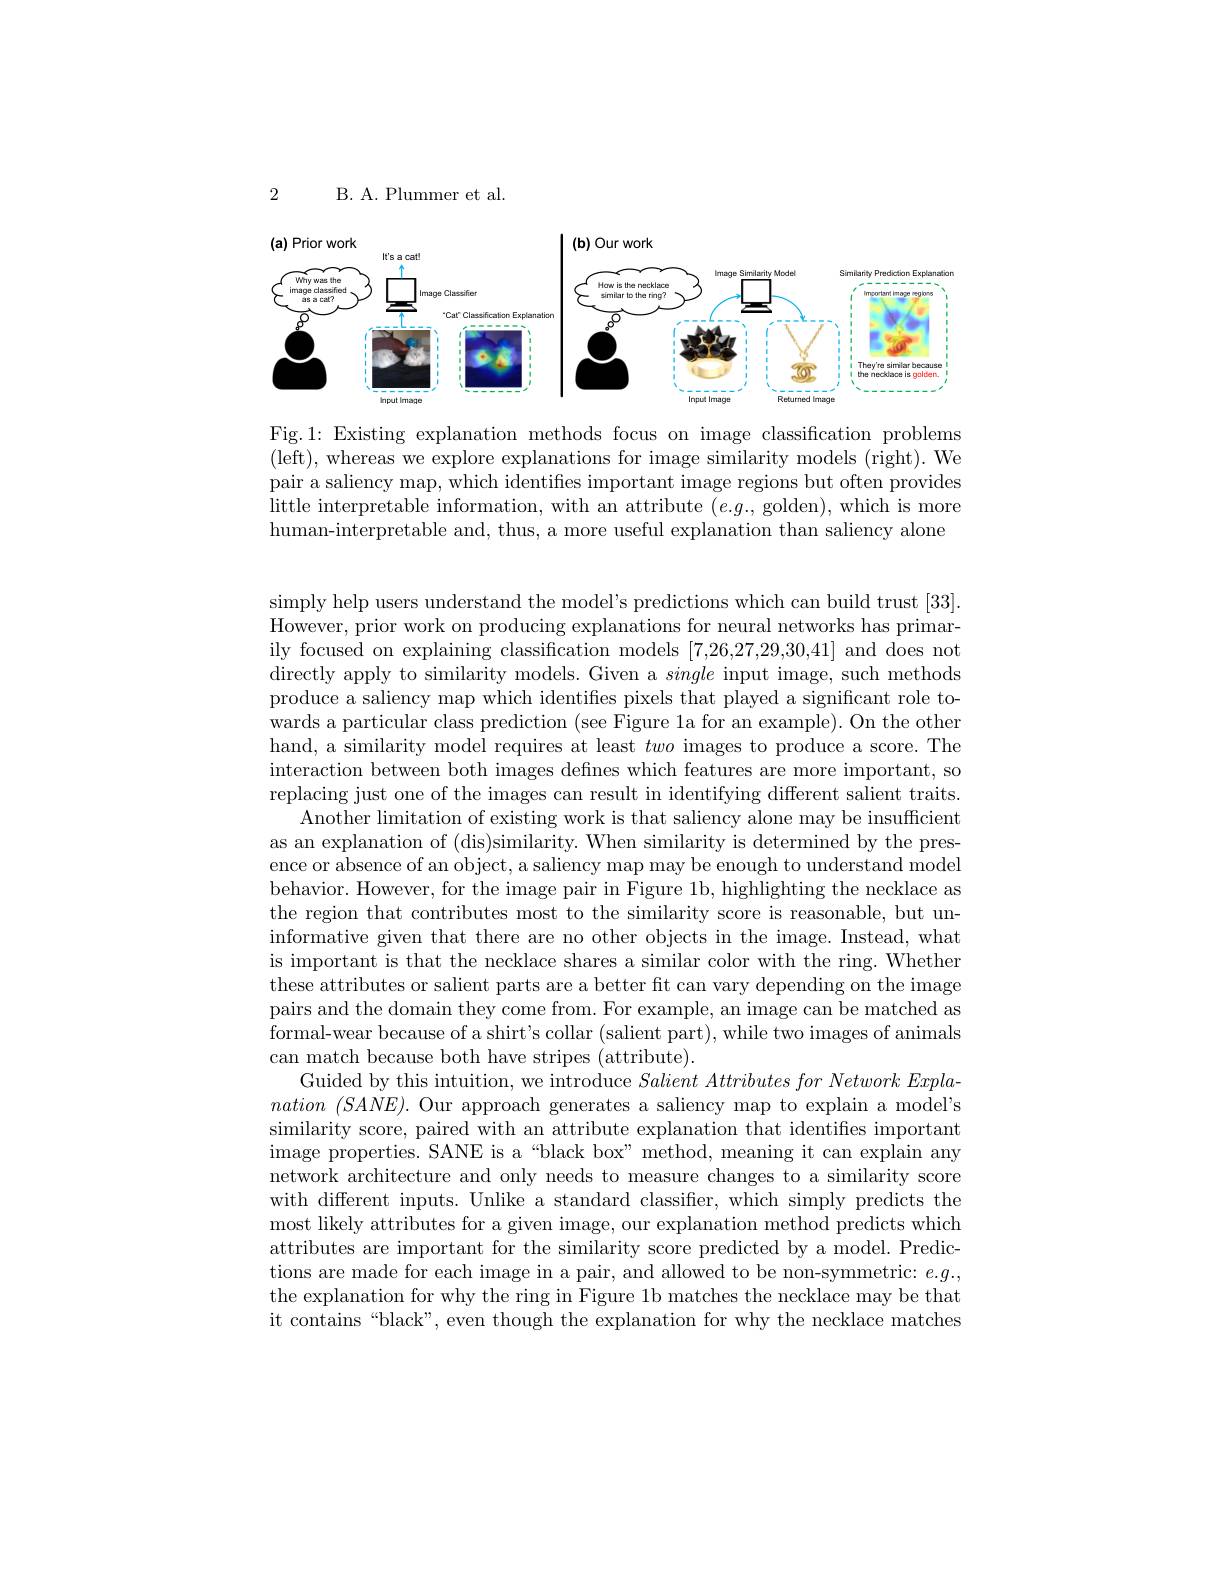
2

B. A. Plummer et al.

<FigureHere>

Fig.1: Existing explanation methods focus on image classification problems (left),whereas we explore explanations for image similarity models (right).We pair a saliency map, which identifies important image regions but often provides little interpretable information, with an attribute $(e.g.$, golden), which is more human-interpretable and, thus, a more useful explanation than saliency alone

simply help users understand the model's predictions which can build trust [33]. However, prior work on producing explanations for neural networks has primarily focused on explaining classification models [7,26,27,29,30,41] and does not directly apply to similarity models. Given a single input image, such methods produce a saliency map which identifies pixels that played a significant role towards a particular class prediction (see Figure 1a for an example). On the other hand, a similarity model requires at least two images to produce a score. The interaction between both images defines which features are more important, so replacing just one of the images can result in identifying different salient traits.
Another limitation of existing work is that saliency alone may be insufficient as an explanation of (dis)similarity. When similarity is determined by the presence or absence of an object, a saliency map may be enough to understand model behavior. However, for the image pair in Figure 1b, highlighting the necklace as the region that contributes most to the similarity score is reasonable, but uninformative given that there are no other objects in the image. Instead, what is important is that the necklace shares a similar color with the ring. Whether these attributes or salient parts are a better ft can vary depending on the image pairs and the domain they come from. For example, an image can be matched as formal-wear because of a shirt's collar (salient part), while two images of animals can match because both have stripes (attribute).
Guided by this intuition, we introduce $Salient\textit{ Attributes for Network Expla- }$ $nation~(SANE).~$Our approach generates a saliency map to explain a model's similarity score, paired with an attribute explanation that identifies important image properties. SANE is a“black box” method, meaning it can explain any network architecture and only needs to measure changes to a similarity score with different inputs. Unlike a standard classifier, which simply predicts the most likely attributes for a given image, our explanation method predicts which attributes are important for the similarity score predicted by a model. Predictions are made for each image in a pair, and allowed to be non-symmetric: $e.g.$, the explanation for why the ring in Figure 1b matches the necklace may be that it contains“black”, even though the explanation for why the necklace matches